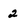
Character: 2